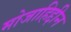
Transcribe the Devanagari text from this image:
मोजाहिद्दीन